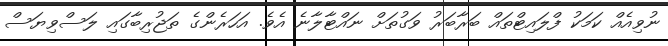
ނުވިއެއް ކަމަކު ފްލައިޓްތައް ބަރާބަރު ވަގުތަށް ނައްޓާލާނެ އެވެ. އަހަރެންގެ ތަޖުރިބާގައި ލަސްވިޔަސް